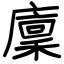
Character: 廩